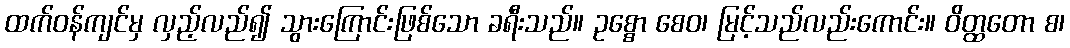
ထက်ဝန်ကျင်မှ လှည့်လည်၍ သွားကြောင်းဖြစ်သော ခရီးသည်။ ဥစ္စော စေဝ၊ မြင့်သည်လည်းကောင်း။ ဝိတ္ထတော စ၊